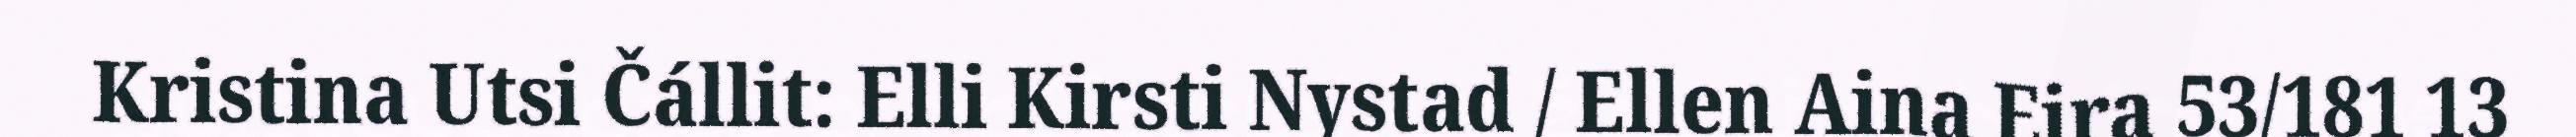
Kristina Utsi Čállit: Elli Kirsti Nystad / Ellen Aina Eira 53/181 13